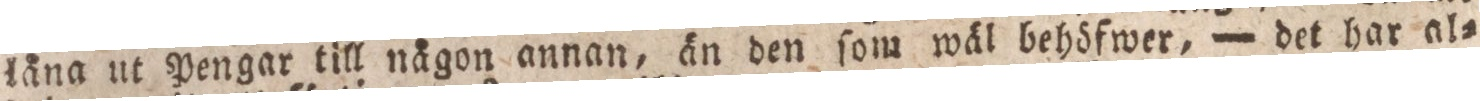
läna ut Pengar till nägon annan, än den ſom wäl behöfwer, — det har al=